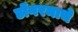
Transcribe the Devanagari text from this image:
डोंगरमाथे